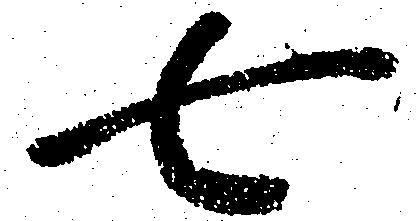
七